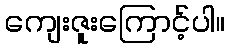
ကျေးဇူးကြောင့်ပါ။